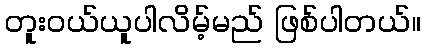
တူးဝယ်ယူပါလိမ့်မည် ဖြစ်ပါတယ်။